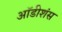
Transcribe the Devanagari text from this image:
ऑडीशंस